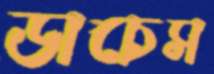
ডাচেস